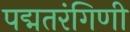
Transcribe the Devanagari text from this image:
पद्मतरंगिणी